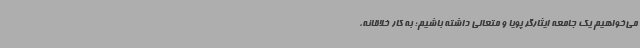
می‌خواهیم یک جامعه ایثارگر پویا و متعالی داشته باشیم؛ به کار خلاقانه،